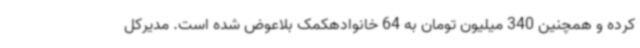
کرده و همچنین 340 میلیون تومان به 64 خانوادهکمک بلاعوض شده است. مدیرکل